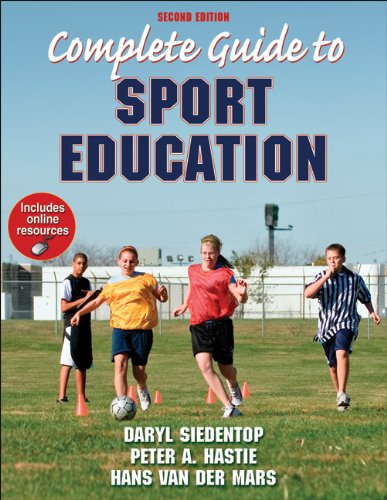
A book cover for Complete Guide to Sport Education With Online Resources-2nd Edition; Daryl Siedentop; Sports & Outdoors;